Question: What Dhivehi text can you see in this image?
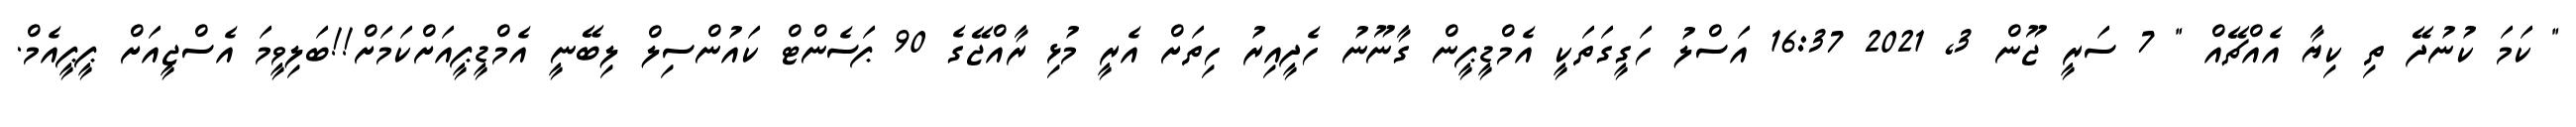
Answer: " ކަމަ ކުނުދޭ ތި ކިޔާ އެއްޗޭއް " 7 ސަރީ ޖޫން 3, 2021 16:37 އަސްލު ހަގީގަތަކީ އެމްޑީޕީން ގާނޫނު ހެދީއިރު ހިތަށް އެރީ މުޅި ރާއްޖޭގެ 90 ޕަސެންޓް ކައުންސިލް ލިބޭނީ އެމްޑީޕީއަށްކަމަށް!!ބަލިވީމަ އެސްޖީއަށް ޕީޕީއެމް.